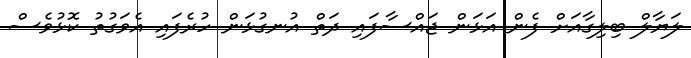
ލަޔާލް ބިލިގާއަށް ފެން އަޅަން ޖައްސާފައި ދަތް އުނގުޅަން ހުރެފައި އެވަގުތު ކޮޅުވެސް